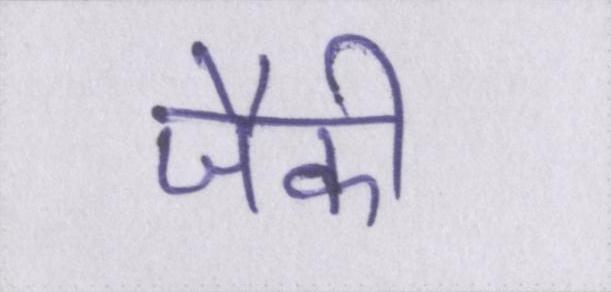
जैकी